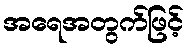
အရေအတွက်ဖြင့်